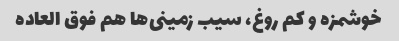
خوشمزه و کم روغ، سیب زمینی‌ها هم فوق العاده